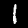
Label: 1